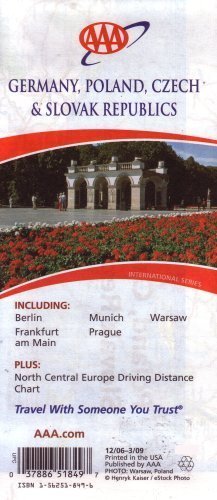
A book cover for AAA Germany, Poland, Czech & Slovak Republics: Including Berlin, Frankfurt Am Main, Munich, Prague,; AAA; Travel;